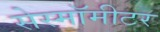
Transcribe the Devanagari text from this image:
सेस्मॉमीटर